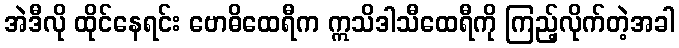
အဲဒီလို ထိုင်နေရင်း ဗောဓိထေရီက ဣသိဒါသီထေရီကို ကြည့်လိုက်တဲ့အခါ